Civil Veterinary Department. United Provinces 1932-42 - 1932-1942
Year: 1932
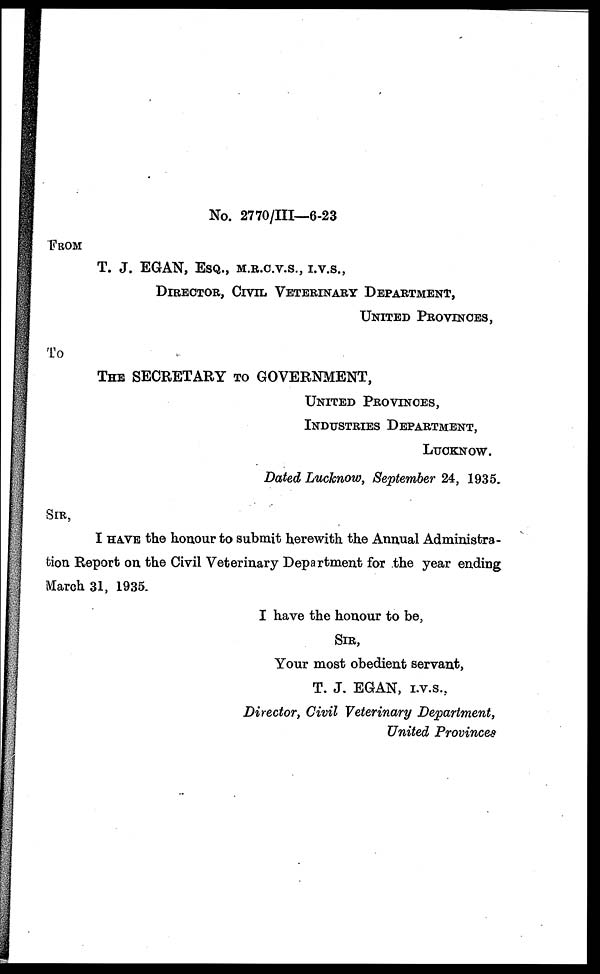
No. 2770/III—6-23
FROM
T. J. EGAN,
ESQ.,
M.R.C.V.S.,
I.V.S.,
DIRECTOR, CIVIL VETERINARY DEPARTMENT,
UNITED PROVINCES,
To
THE SECRETARY TO GOVERNMENT,
UNITED PROVINCES,
INDUSTRIES DEPARTMENT,
LUCKNOW.
Dated Lucknow, September 24, 1935.
SIR,
I HAVE the honour to submit herewith the Annual Administra-
tion Report on the Civil Veterinary Department for the year ending
March 31, 1935.
I have the honour to be,
SIR,
Your most obedient servant,
T. J. EGAN, I.V.S.,
Directory Civil Veterinary Department,
United Provinces